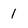
Character: 1